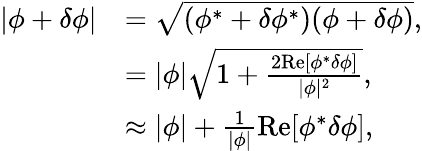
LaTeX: \begin{array}{rl}{|\phi+\delta\phi|}&{=\sqrt{(\phi^{*}+\delta\phi^{*})(\phi+\delta\phi)},}\\ &{=|\phi|\sqrt{1+\frac{2\mathrm{Re}[\phi^{*}\delta\phi]}{|\phi|^{2}}},}\\ &{\approx|\phi|+\frac{1}{|\phi|}\mathrm{Re}[\phi^{*}\delta\phi],}\end{array}